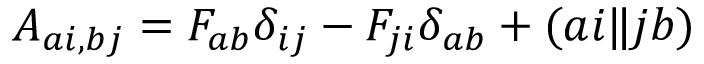
A _ { a i , b j } = F _ { a b } \delta _ { i j } - F _ { j i } \delta _ { a b } + ( a i \| j b )